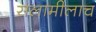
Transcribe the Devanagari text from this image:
सलामीलाच